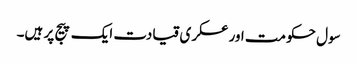
سول حکومت اور عسکری قیادت ایک پیج پر ہیں۔